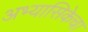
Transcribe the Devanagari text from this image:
अभ्यासिकेचा